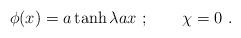
LaTeX: \begin{align*}\phi(x)=a\tanh \lambda ax~;\qquad\chi=0~.\end{align*}